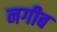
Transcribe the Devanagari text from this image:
नगीब